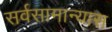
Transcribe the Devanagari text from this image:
सर्वसामान्यास